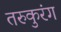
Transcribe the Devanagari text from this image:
तरुकुरंग